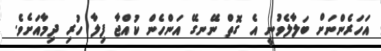
އަހަރެންނަށް ބަލާލެވުނީ އެ ގޮތް ނޭނގޭ އަންހެން ކުއްޖާ ފިލާ ހުރި ދިމާއަށެވެ.